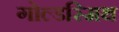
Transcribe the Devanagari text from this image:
गोल्‍डस्‍मिथ